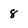
Character: 8